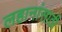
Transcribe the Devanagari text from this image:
लहानांसाठी